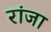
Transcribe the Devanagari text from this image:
रांजा